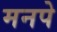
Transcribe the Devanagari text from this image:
मनपे